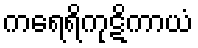
ကရေရိကုဋိကာယံ